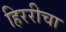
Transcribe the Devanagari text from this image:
हिररीचा